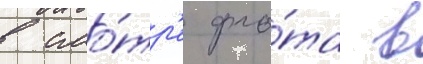
в смо́тр'е фло́та в